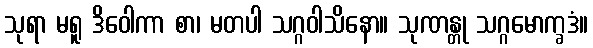
သုရာ မရူ ဒိဝေါကာ စာ၊ မတပါ သဂ္ဂဝါသိနော။ သုဏန္တု သဂ္ဂမောက္ခဒံ။